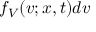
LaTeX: f _ { V } ( { \boldsymbol { v } } ; { \boldsymbol { x } } , t ) d { \boldsymbol { v } }